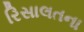
રિસાલતના